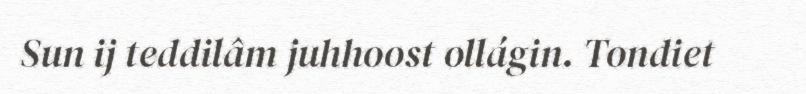
Sun ij teddilâm juhhoost ollágin. Tondiet